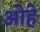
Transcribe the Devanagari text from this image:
ओहे